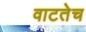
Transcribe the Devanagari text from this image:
वाटतेच